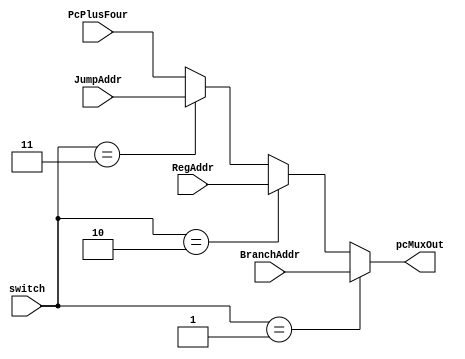
`timescale 1ns / 1ps
//////////////////////////////////////////////////////////////////////////////////
// Company: Penn State Univeristy 
// 
// Design Name: 
// Module Name: pcMux
// 
//////////////////////////////////////////////////////////////////////////////////


module pcMux(
    input [1:0] switch,
    input [31:0] PcPlusFour,
    input [31:0] BranchAddr,
    input [31:0] RegAddr,
    input [31:0] JumpAddr,
    output reg [31:0] pcMuxOut
    );
    
    always @(*) 
        if(switch == 2'd1)
            pcMuxOut = BranchAddr;
        else if(switch == 2'd2)
            pcMuxOut = RegAddr;
        else if(switch == 2'd3)
            pcMuxOut = JumpAddr;
        else
            pcMuxOut = PcPlusFour;  
endmodule